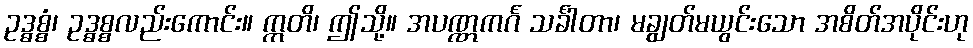
ဥဒ္ဓစ္စံ၊ ဥဒ္ဓစ္စလည်းကောင်း။ ဣတိ၊ ဤသို့။ အပဏ္ဏကင်္ဂ သင်္ခါတာ၊ မချွတ်မယွင်းသော အစိတ်အပိုင်းဟု